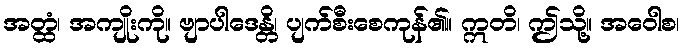
အတ္ထံ၊ အကျိုးကို။ ဗျာပါဒေန္တိ၊ ပျက်စီးစေကုန်၏။ ဣတိ၊ ဤသို့။ အဝေါစ၊